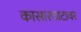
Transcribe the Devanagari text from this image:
कासारघाटावर